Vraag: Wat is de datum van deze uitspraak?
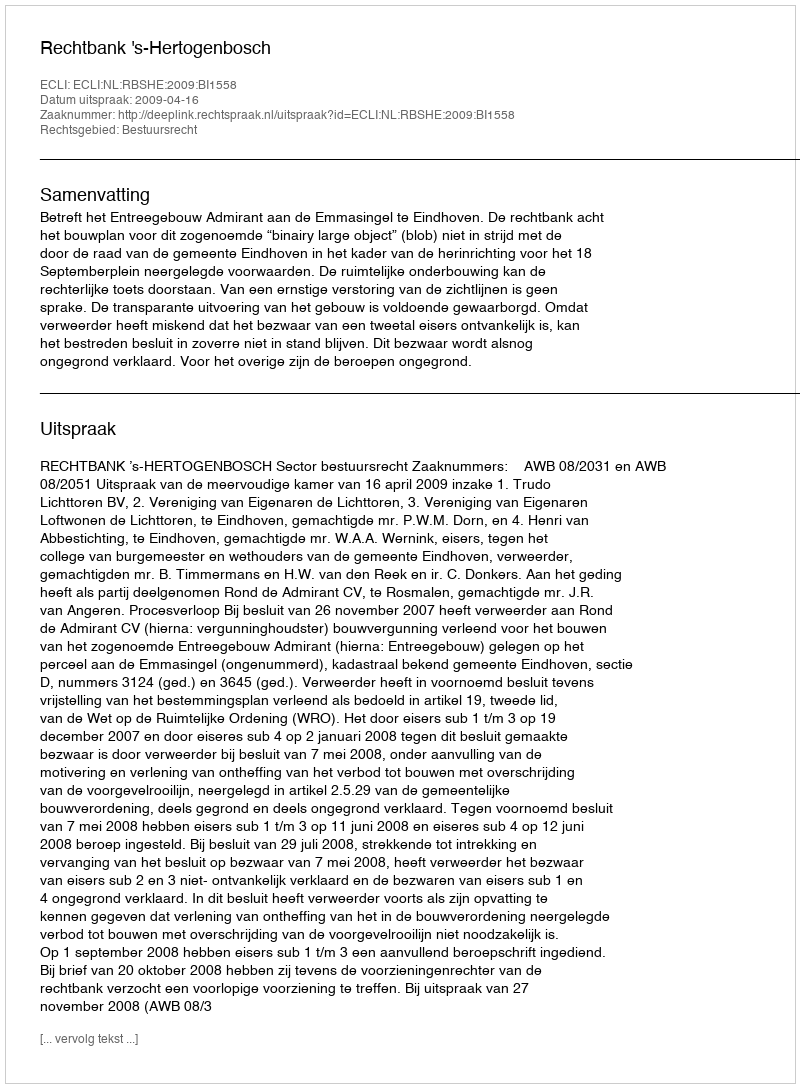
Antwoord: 2009-04-16